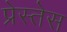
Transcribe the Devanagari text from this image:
प्रेस्तेस